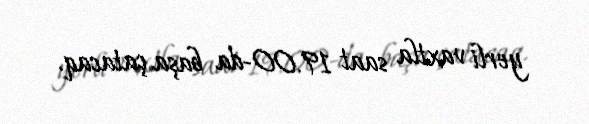
yerli vaxtla saat 19.00-da başa çatacaq.